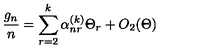
\frac { g _ { n } } { n } = \sum _ { r = 2 } ^ { k } \alpha _ { n r } ^ { ( k ) } \Theta _ { r } + O _ { 2 } ( \Theta )